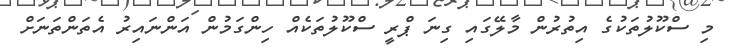
މި ސްކޫލުތަކުގެ އިތުރުން މާލޭގައި ގިނަ ޕްރީ ސްކޫލުތަކެއް ހިންގަމުން އަންނައިރު އެތަންތަނަށް